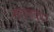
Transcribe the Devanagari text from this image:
मडंलाकार